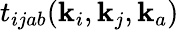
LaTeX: t_{ijab}(\mathbf{k}_{i},\mathbf{k}_{j},\mathbf{k}_{a})